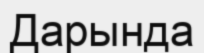
Дарында